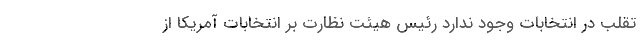
تقلب در انتخابات وجود ندارد رئیس‌ هیئت نظارت بر انتخابات آمریکا از